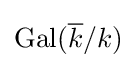
{\text{Gal}}({\overline {k}}/k)